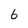
Character: 6